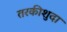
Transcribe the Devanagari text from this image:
तरकीशुदा